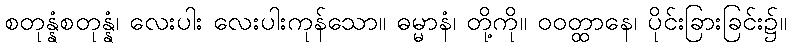
စတုန္နံစတုန္နံ၊ လေးပါး လေးပါးကုန်သော။ ဓမ္မာနံ၊ တို့ကို။ ဝဝတ္ထာနေ၊ ပိုင်းခြားခြင်း၌။